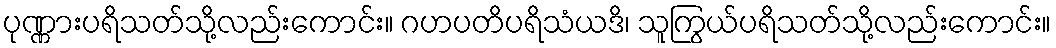
ပုဏ္ဏားပရိသတ်သို့လည်းကောင်း။ ဂဟပတိပရိသံယဒိ၊ သူကြွယ်ပရိသတ်သို့လည်းကောင်း။